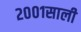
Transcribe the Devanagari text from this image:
२००१साली